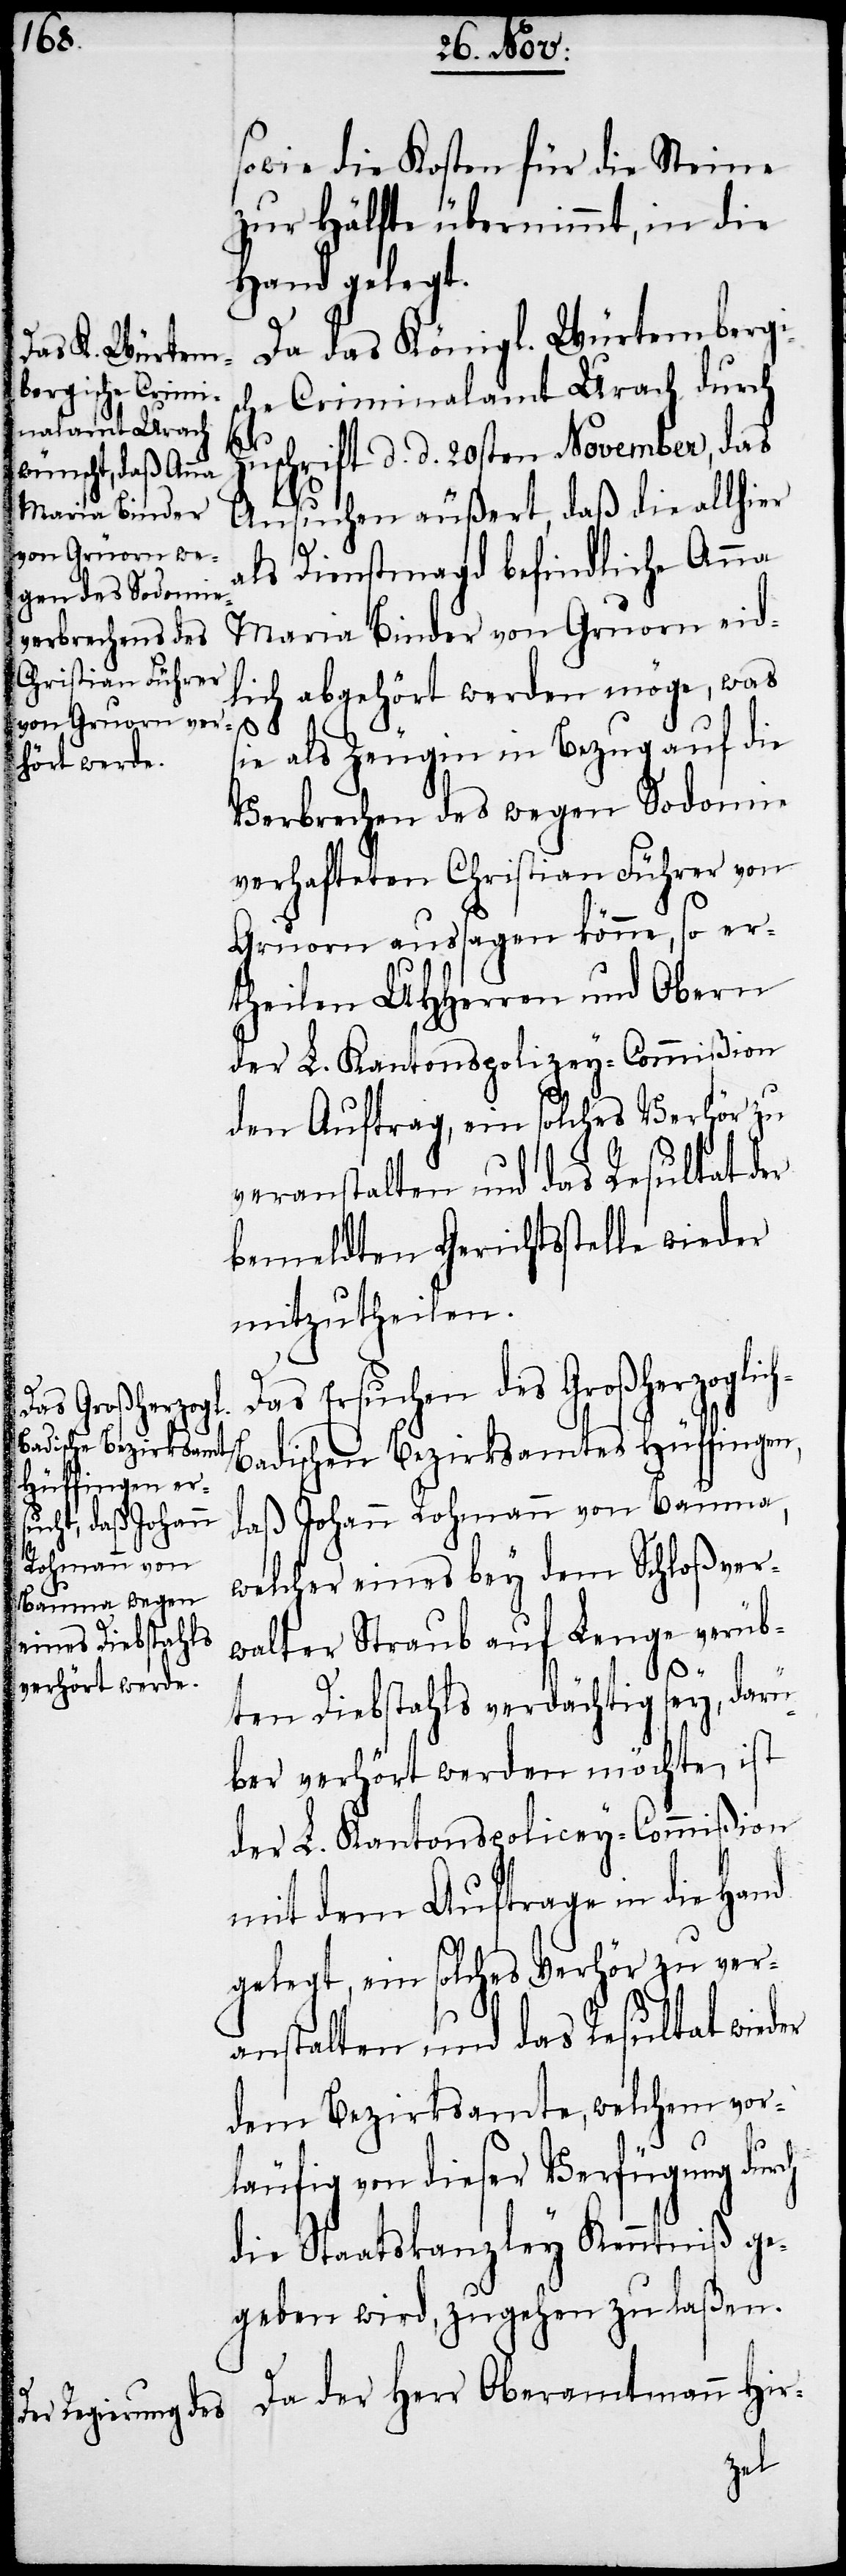
sowie die Kosten für die Steine
zur Hälfte übernimmt, in die
Hand gelegt.
Da das Königl. Würtemberg¬
che Criminalamt Urach durch
Zuschrift d. d. 20sten November, das
Ansuchen äußert, daß die allhier
als Dienstmagd befindliche Anna
Maria Binder von Gruorn eid¬
lich abgehört werden möge, was
s¬
ie als Zeugin in Bezug auf die
Verbrechen des wegen Sodomie
verhafteten Christian Führer von
Gruorn aussagen könne, so er¬
theilen UHHerren und Obern
der L. Kantonspolizey-Commißion
den Auftrag, ein solches Verhör zu
veranstalten und das Resultat der
bemeldten Gerichtsstelle wieder
mitzutheilen.
Das Ersuchen des Großherzoglic¬
adischen Bezirksamtes Hüffingen,
daß Johann Rohmann von Bauma,
welcher eines bey dem Schloßver¬
walter Straub auf Lenge verüb¬
ten Diebstahls verdächtig sey, darü¬
ber verhört werden möchte, ist
der L. Kantonspolicey-Commißion
mit dem Auftrage in die
gelegt, ein solches Verhör zu ver¬
anstalten und das Resultat wieder
dem Bezirksamte, welchem vor¬
is¬
läufig von dieser Verfügung durch
die Staatskanzley Kenntniß ge¬
geben wird, zugehen zu laßen.
Da der Herr Oberamtmann Hir-
h-B¬